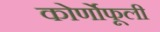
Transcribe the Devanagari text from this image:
कोर्णोफूली